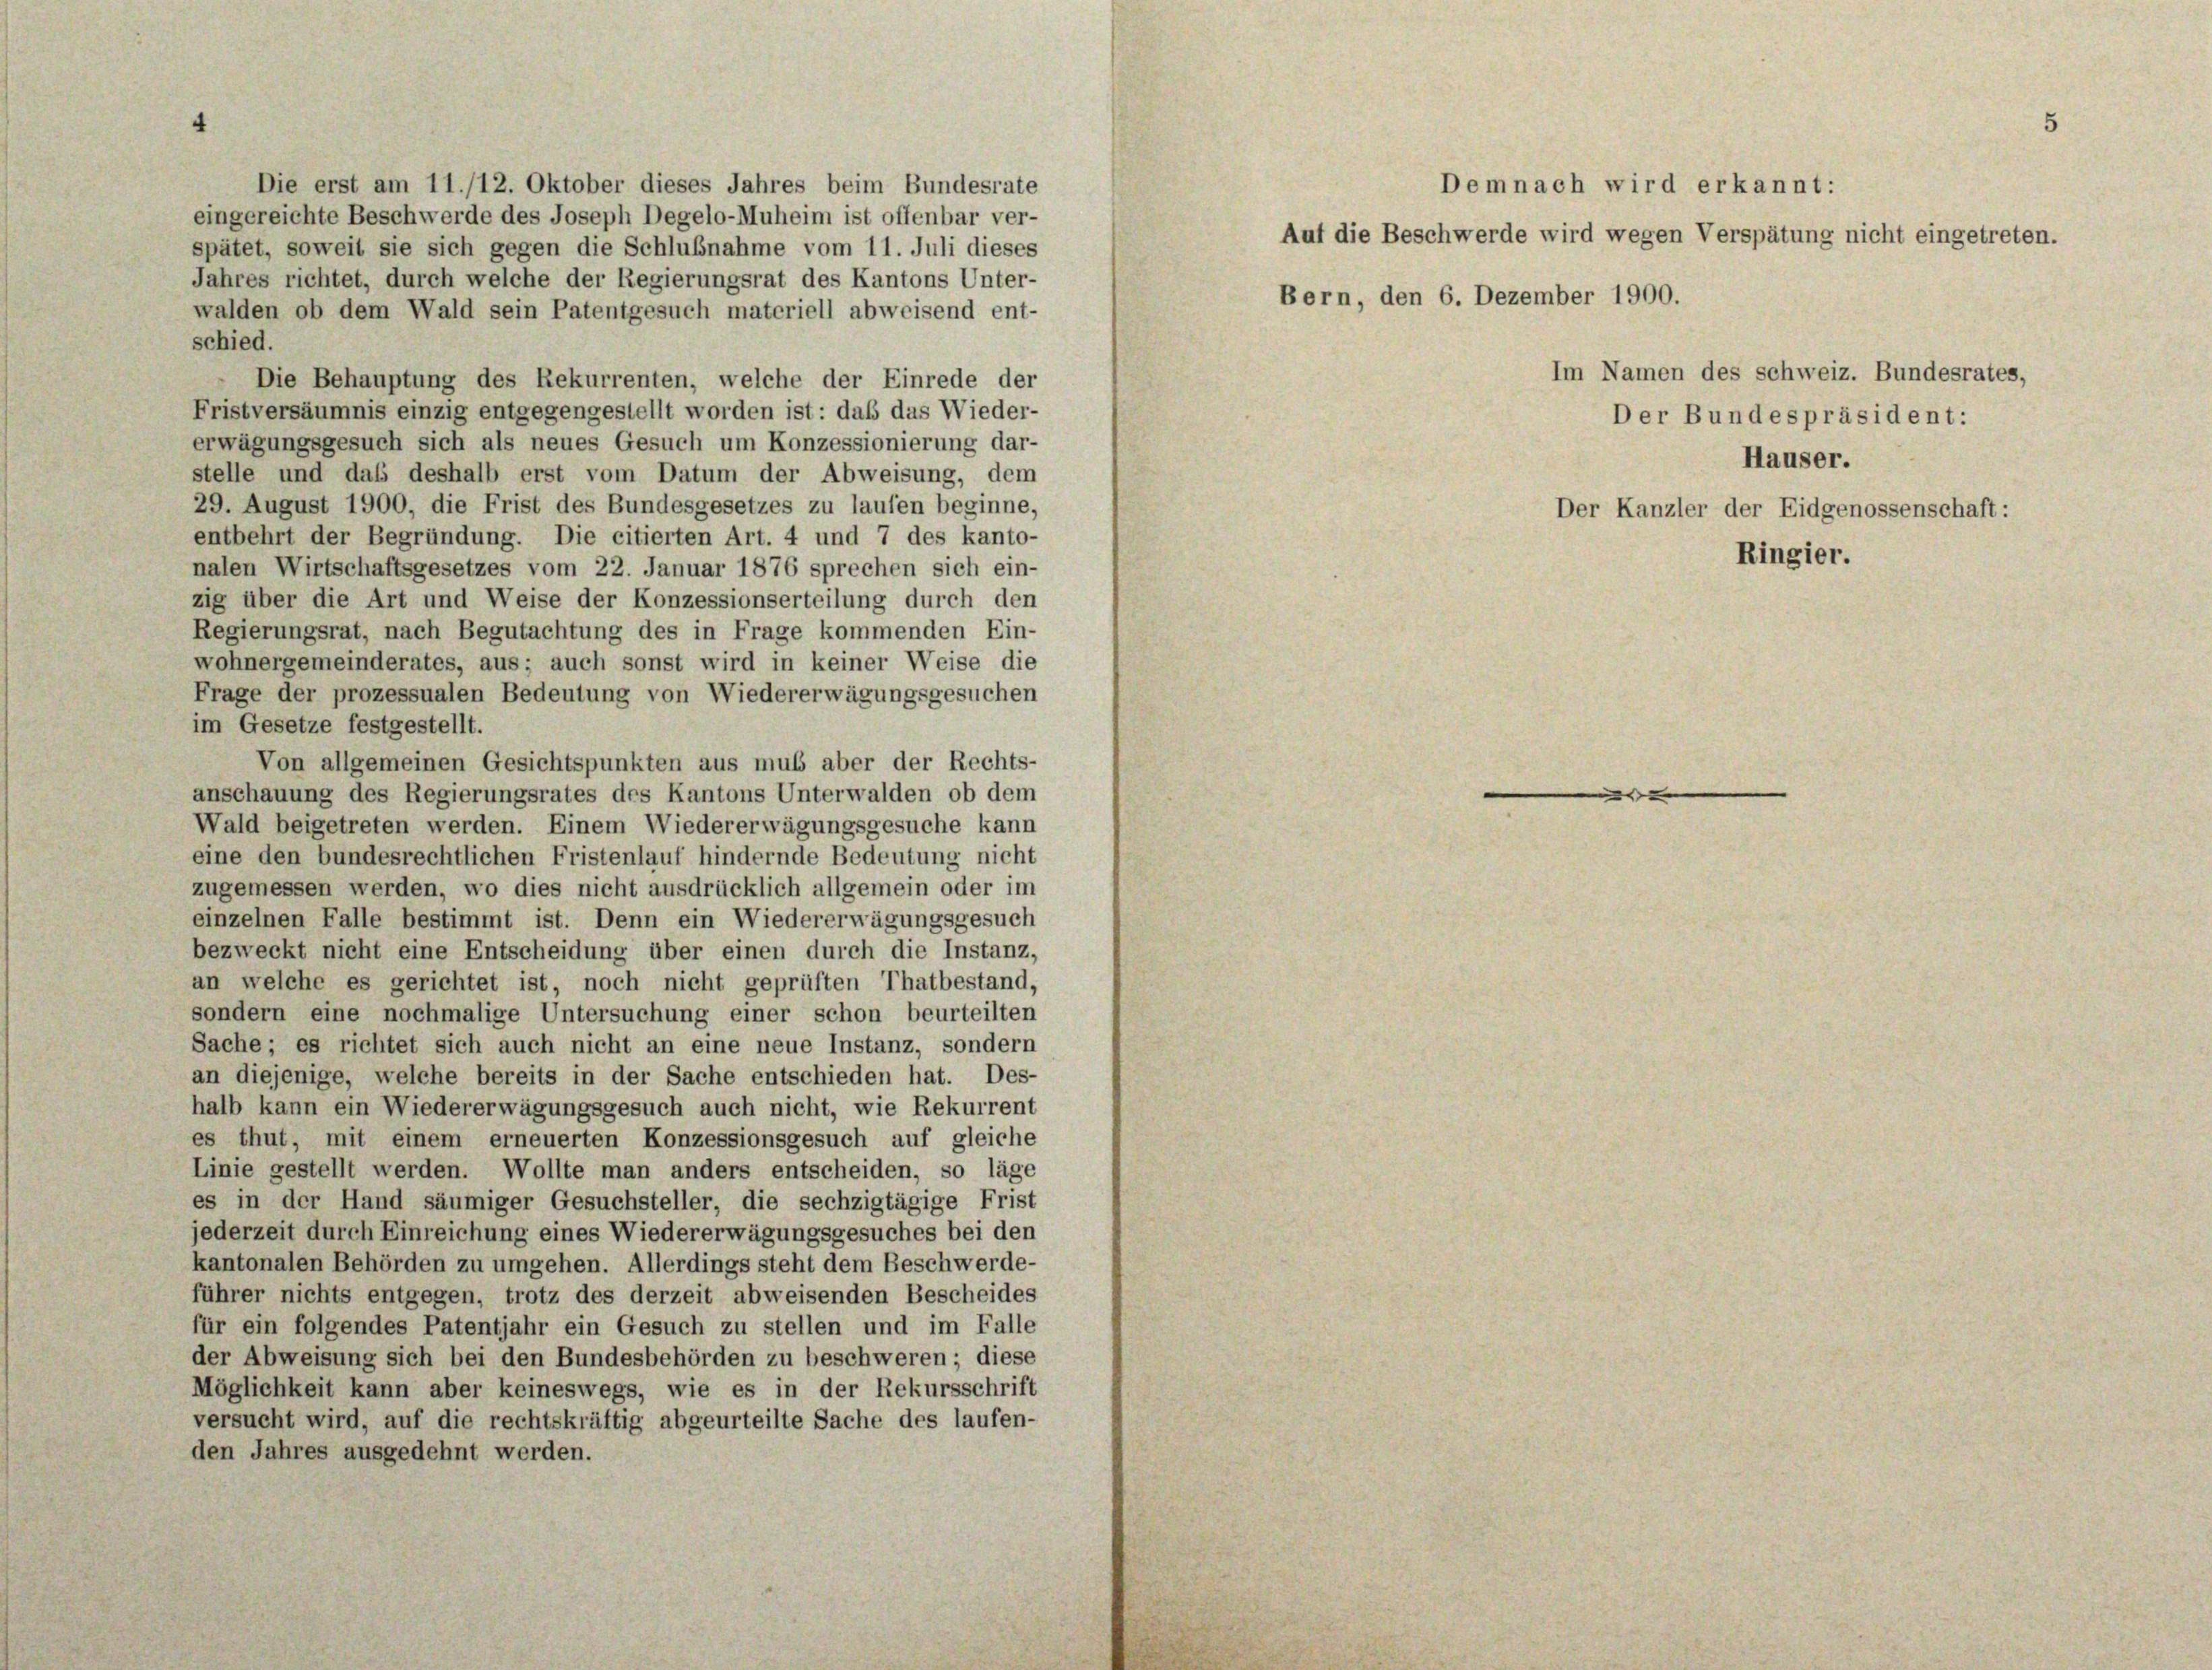
schied.
Die Behauptung des Rekurrenten, welche der Einrede der
Fristversäumnis einzig entgegengestellt worden ist: daß das Wieder-
erwägungsgesuch sich als neues Gesuch um Konzessionierung dar-
stelle und das deshalb erst vom Datum der Abweisung, dem
29. August 1900, die Frist des Bundesgesetzes zu laufen beginne,
entbehrt der Begründung. Die citierten Art. 4 und 7 des kanto-
nalen Wirtschaftsgesetzes vom 22. Januar 1876 sprechen sich ein-
zig über die Art und Weise der Konzessionserteilung durch den
Regierungsrat, nach Begutachtung des in Frage kommenden Ein-
wohnergemeinderates, aus; auch sonst wird in keiner Weise die
Frage der prozessualen Bedeutung von Wiedererwägungsgesuchen
im Gesetze festgestellt.
Von allgemeinen Gesichtspunkten aus muß aber der Rechts-
anschauung des Regierungsrates des Kantons Unterwalden ob dem
Wald beigetreten werden. Einem Wiedererwägungsgesuche kann
eine den bundesrechtlichen Fristenlauf hindernde Bedeutung nicht
zugemessen werden, wo dies nicht ausdrücklich allgemein oder im
einzelnen Falle bestimmt ist. Denn ein Wiedererwägungsgesuch
bezweckt nicht eine Entscheidung über einen durch die Instanz,
an welche es gerichtet ist, noch nicht geprüften Thatbestand,
sondern eine nochmalige Untersuchung einer schon beurteilten
Sache; es richtet sich auch nicht an eine neue Instanz, sondern
an diejenige, welche bereits in der Sache entschieden hat. Des-
halb kann ein Wiedererwägungsgesuch auch nicht, wie Rekurrent
es thut, mit einem erneuerten Konzessionsgesuch auf gleiche
Linie gestellt werden. Wollte man anders entscheiden, so läge
es in der Hand säumiger Gesuchsteller, die sechzigtägige Frist
jederzeit durch Einreichung eines Wiedererwägungsgesuches bei den
kantonalen Behörden zu umgehen. Allerdings steht dem Beschwerde-
führer nichts entgegen, trotz des derzeit abweisenden Bescheides
für ein folgendes Patentjahr ein Gesuch zu stellen und im Falle
der Abweisung sich bei den Bundesbehörden zu beschweren; diese
Möglichkeit kann aber keineswegs, wie es in der Rekursschrift
versucht wird, auf die rechtskräftig abgeurteilte Sache des laufen-
den Jahres ausgedehnt werden.

Die erst am 11./12. Oktober dieses Jahres beim Bundesrate
eingereichte Beschwerde des Joseph Degelo-Muheim ist offenbar ver-
spätet, soweit sie sich gegen die Schlußnahme vom 11. Juli dieses
Jahres richtet, durch welche der Regierungsrat des Kantons Unter-
walden ob dem Wald sein Patentgesuch materiell abweisend ent-

Demnach wird erkannt:

Auf die Beschwerde wird wegen Verspätung nicht eingetreten.
Bern, den 6. Dezember 1900.

Im Namen des schweiz. Bundesrates,
Der Bundespräsident:
Häuser.
Der Kanzler der Eidgenossenschaft:

Ringier.